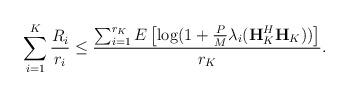
LaTeX: \begin{align*}\sum_{i=1}^K\frac{R_i}{r_i}\leq \frac{\sum_{i=1}^{r_K}E\left[\log (1+\frac{P}{M}\lambda_i(\textbf{H}_K^H\textbf{H}_K))\right]}{r_K}.\end{align*}